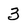
Character: 3